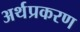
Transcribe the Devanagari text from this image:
अर्थप्रकरण